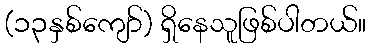
(၁၃နှစ်ကျော်) ရှိနေသူဖြစ်ပါတယ်။